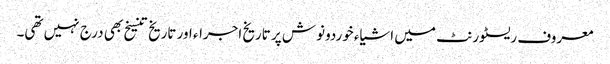
معروف ریسٹورنٹ میں اشیاء خوردونوش پر تاریخ اجراء اور تاریخ تنسیخ بھی درج نہیں تھی۔